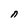
Character: n